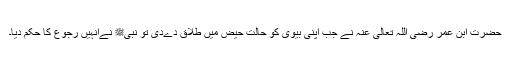
حضرت ابن عمر رضی اللہ تعالیٰ عنہ نے جب اپنی بیوی کو حالت حیض میں طلاق دےدی تو نبیﷺ نےانہیں رجوع کا حکم دیا۔